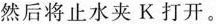
然后将止水夹K打开。